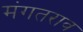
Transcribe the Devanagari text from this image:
मंगतराव